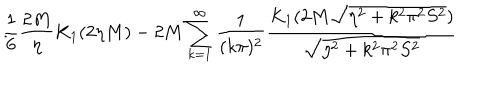
\frac { 1 } { 6 } \frac { 2 M } { \eta } K _ { 1 } ( 2 \eta M ) - 2 M \sum _ { k = 1 } ^ { \infty } \frac { 1 } { ( k \pi ) ^ { 2 } } \frac { K _ { 1 } ( 2 M \sqrt { \eta ^ { 2 } + k ^ { 2 } \pi ^ { 2 } S ^ { 2 } } ) } { \sqrt { \eta ^ { 2 } + k ^ { 2 } \pi ^ { 2 } S ^ { 2 } } } \hspace { 0 . 5 c m } .